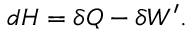
d H = \delta Q - \delta W ^ { \prime } .